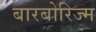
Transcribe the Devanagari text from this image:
बारबोरिज्म